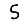
Digit: 5